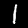
Label: 1